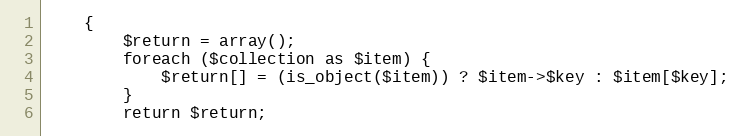
Language: PHP
    {
        $return = array();
        foreach ($collection as $item) {
            $return[] = (is_object($item)) ? $item->$key : $item[$key];
        }
        return $return;